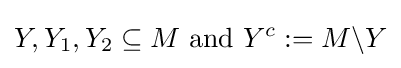
Y,Y_{1},Y_{2}\subseteq M{\mbox{ and }}Y^{c}:=M\backslash Y